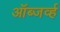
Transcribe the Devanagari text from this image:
ऑब्जर्व्ह